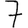
Digit: 7